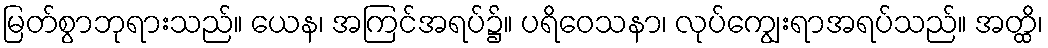
မြတ်စွာဘုရားသည်။ ယေန၊ အကြင်အရပ်၌။ ပရိဝေသနာ၊ လုပ်ကျွေးရာအရပ်သည်။ အတ္ထိ၊